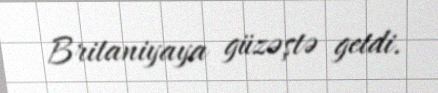
Britaniyaya güzəştə getdi.